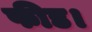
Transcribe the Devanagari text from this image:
फीड।